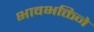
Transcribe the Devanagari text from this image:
भावभक्तिने